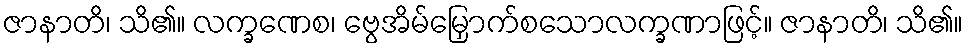
ဇာနာတိ၊ သိ၏။ လက္ခဏေစ၊ ဗွေအိမ်မြှောက်စသောလက္ခဏာဖြင့်။ ဇာနာတိ၊ သိ၏။